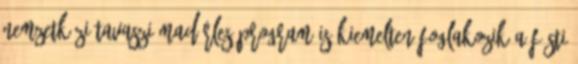
nemzetközi Tavaszi madárles program is kiemelten foglakozik a füsti